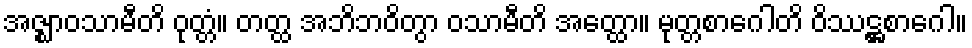
အဇ္ဈာဝသာမီတိ ဝုတ္တံ။ တတ္ထ အဘိဘဝိတွာ ဝသာမီတိ အတ္ထော။ မုတ္တစာဂေါတိ ဝိဿဋ္ဌစာဂေါ။